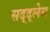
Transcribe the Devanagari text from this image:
सद्द्लेस